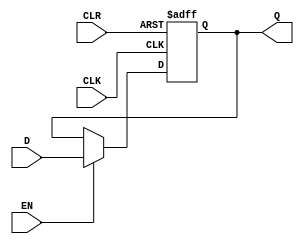
`timescale 1ns / 1ps
//////////////////////////////////////////////////////////////////////////////////
// Company: 
// Engineer: 
// 
// Design Name: 
// Module Name:    D Flip-Flop
// Project Name: 
// Target Devices: 
// Tool versions: 
// Description:    The positive-edge activating, asynchronized D flip-flop.
// Dependencies: 
//
// Revision: 
// Revision 0.01 - File Created
// Additional Comments: 
//
//////////////////////////////////////////////////////////////////////////////////
module DFF( input wire CLK, CLR, EN, D, 
            output reg Q );

  always@(posedge CLK, posedge CLR) begin
    if(CLR) Q = 0;
    else if(EN) Q = D;
  end

endmodule